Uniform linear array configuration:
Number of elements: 16
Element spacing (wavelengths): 1
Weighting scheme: cosine
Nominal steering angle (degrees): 0
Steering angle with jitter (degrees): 1.658
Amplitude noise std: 0.05
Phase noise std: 0.05

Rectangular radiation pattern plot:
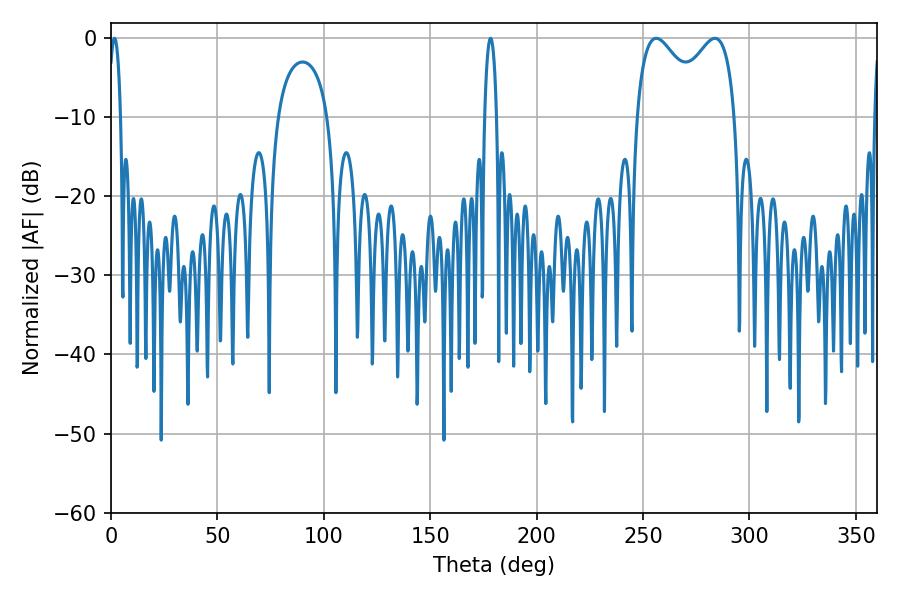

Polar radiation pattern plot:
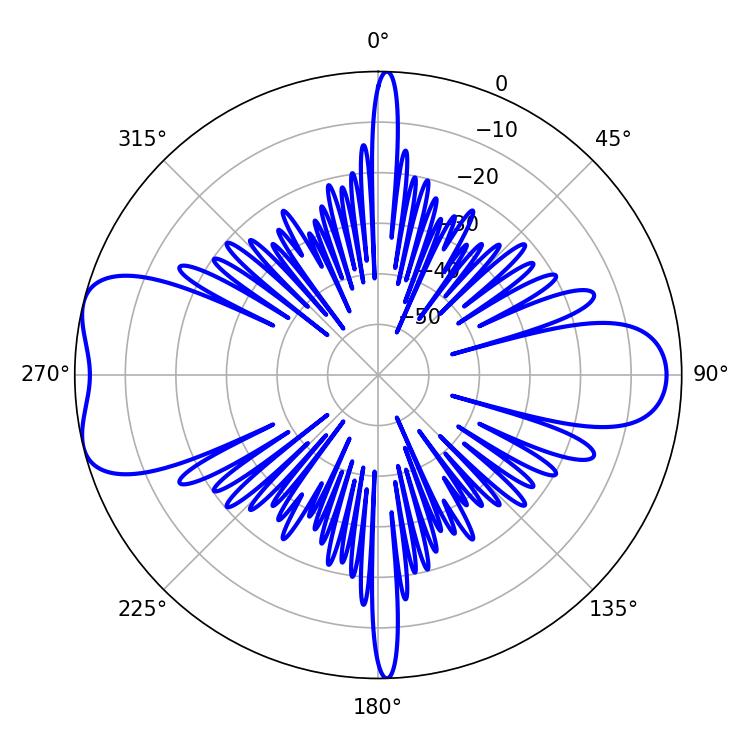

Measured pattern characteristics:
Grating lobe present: TRUE
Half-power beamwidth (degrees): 38.88
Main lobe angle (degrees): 256.14